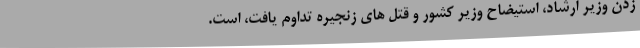
زدن وزیر ارشاد، استیضاح وزیر کشور و قتل های زنجیره تداوم یافت، است.